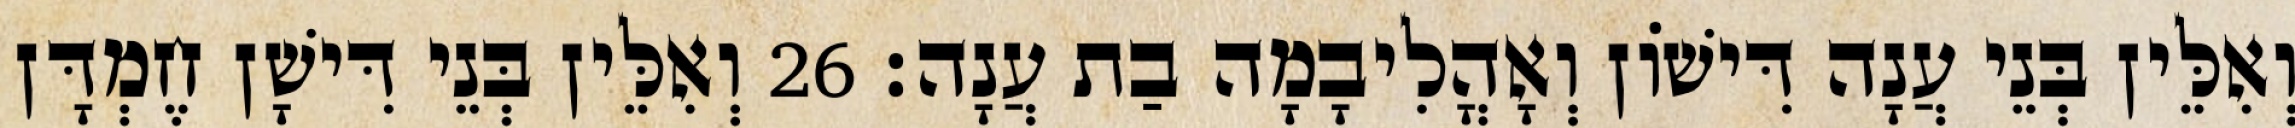
וְאִלֵּין בְּנֵי עֲנָה דִּישׁוֹן וְאָהֳלִיבָמָה בַת עֲנָה׃ 26 וְאִלֵּין בְּנֵי דִּישָׁן חֶמְדָּן